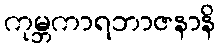
ကုမ္ဘကာရဘာဇနာနိ